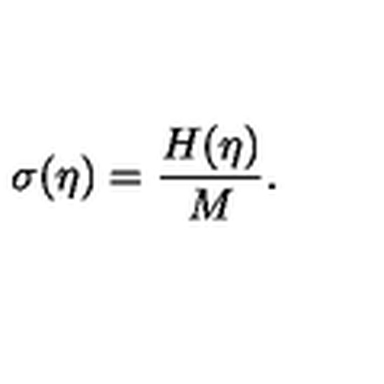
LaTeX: \sigma ( \eta ) = \frac { H ( \eta ) } { M } .